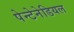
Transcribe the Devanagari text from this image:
पेन्टेनेडियल